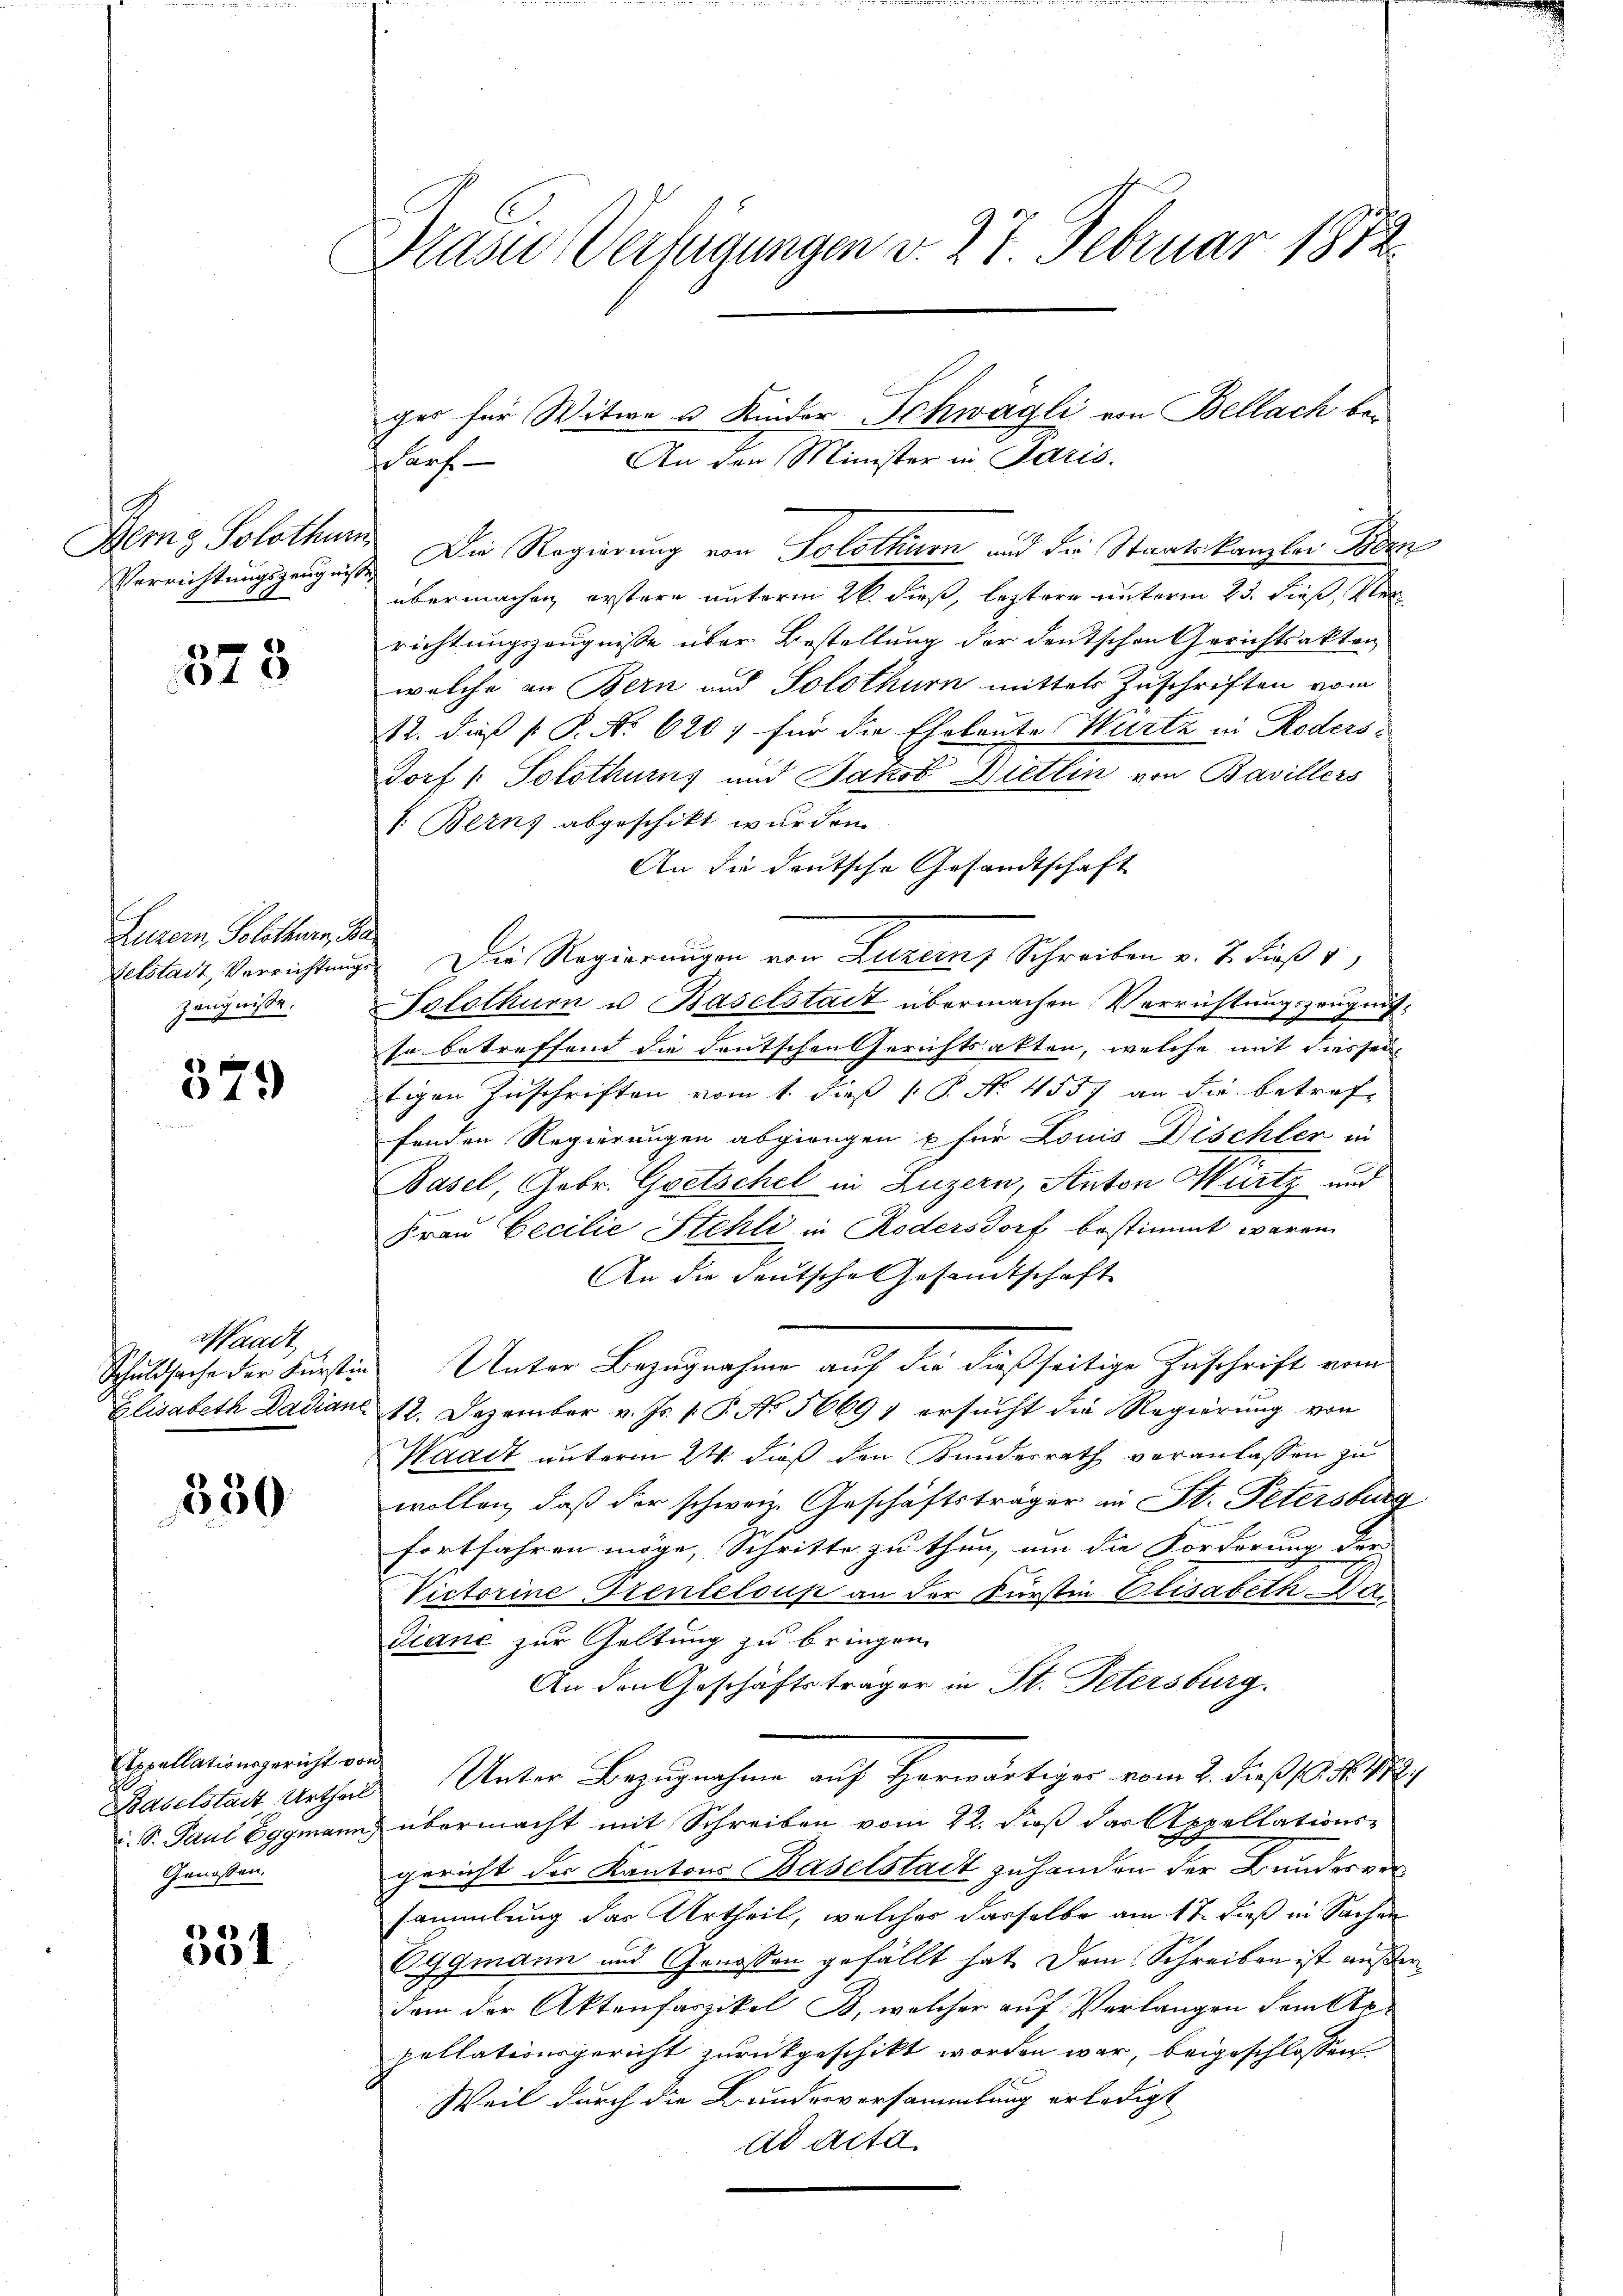
Berg Solothur
Verrichtungszeugnisse

18

Luzern, Solothurn, Ba
Felstadt, Verrichtungs
Zeugnisse.

379

Waadt,
Schuldsache der Fürstin
Elisabeth Dadian

550

Appellationsgericht vo
Baselstadt Urtheil
. S. Paul Eggmann
Genossen.

331

Prase Verfügungen v. 27 Februar 1872

scanz

Die Regierung von Solothurn und die Staatskanzlei Bet
übermachen, erstere unterm 26. dieß, leztere unterm 23. dieß, Ver
richtungszeugnisse über Bestellung der deutschen Gerichtsakten
welche an Bern und Solothurn mittels Zuschriften vom
12. daß P. No 620 für die Eheleute Wurtz in Roders¬
13x Dorf 1. Polothurns und Jakob Wietlin von Bavillers
s: Berns abgeschikt wurden.
An die deutsche Gesandtschaft
Die Regierungen von Luzern, Schreiben v. 7. Fuß
Solothurn u Baselstadt übermachen Verrichtungszeugnisso betreffend die deutschen Gerichtsakten, welche mit diessei
tigen Zuschriften vom 1. daß P. N. 4557 an die betreffenden Regierungen abgiengen u für Louis Dischler in
Basel, Gebr. Goetschel in Luzern, Anton Würtz und
Frau Cecilie Stehli in Rodersdorf bestimmt waren
An die Deutsche Gesandtschaft
Unter Bezugnahme auf die dießseitige Zuschrift vom
12. Dezember v. Js. v. P. No 56691 ersucht die Regierung von
Waadt unterm 24. dieß den Bundesrath veranlassen zu
wollen, daß der schweiz. Geschäftsträger in St. Petersburg
fortfahren möge, Schritte zu thun, um die Forderung der |
Victorine Prenteloup an der Fürstin Elisabeth Bediane zur Geltung zu bringen.
An den Geschäftsträger in St. Petersburg.
Unter Bezugnahme auf Herwärtiger vom 2. dieß (l. M. 18
übermacht mit Schreiben vom 22. Fuß das Appellationsgericht der Kantons Baselstadt zuhanden der Bundesversammlung das Urtheil, welches dasselbe am 17. dieß in Sachen
Oggmann und Genossen gefällt hat. Dem Schreiben ist außer
dem der Aktenfaszikel B, welcher auf Verlangen dems
pellationsgericht zurückgeschikt worden war, beigeschlossen
Weil durch die Bundesversammlung erledigt
ad acta.

ger für Witwe u Kinder Schwägli von Bellach be-
An den Minister in Paris.